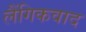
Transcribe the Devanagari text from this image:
लैंगिकवाद